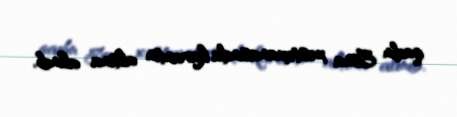
qadın Esna xəstəxanasında karantin altına alınıb.